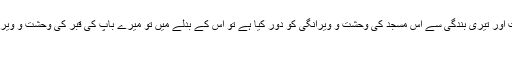
اگر تو سمجھتا ہے کہ میں نے تیرے ذکر ، تیرے قرآن کی تلاوت اور تیری بندگی سے اس مسجد کی وحشت و ویرانگی کو دور کیا ہے تو اس کے بدلے میں تو میرے باپ کی قبر کی وحشت و ویرانگی کو دور فرما دے، کیونکہ تو ہی رحم و کرم کرنے والا ہے'
زیادہ سے زیادہ شیر کریں